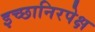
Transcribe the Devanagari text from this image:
इच्छानिरपेक्ष